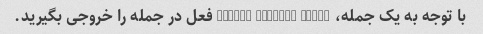
با توجه به یک جمله، Future Perfect Tense فعل در جمله را خروجی بگیرید.